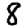
Digit: 8